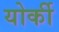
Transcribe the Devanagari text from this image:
योर्की